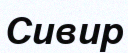
Сивир